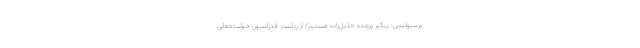
پرسپولیس: پیگیر پرونده خلیل‌زاده هستیم/ از ریاست فدراسیون خواسته‌هایی